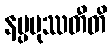
နပ္ပမုဿတီတိ